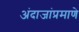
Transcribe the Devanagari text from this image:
अंदाजांप्रमाणे